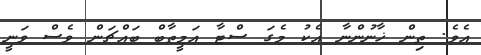
އެވެ. ތިން ޚާނުންނާ އެކު މެގަ ސްޓާ އަމީތާބް ބައްޗަން ވެސް ވަނީ